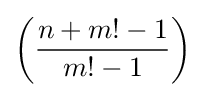
\left({\frac {n+m!-1}{m!-1}}\right)